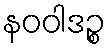
နဝဝါဒဉ္စ